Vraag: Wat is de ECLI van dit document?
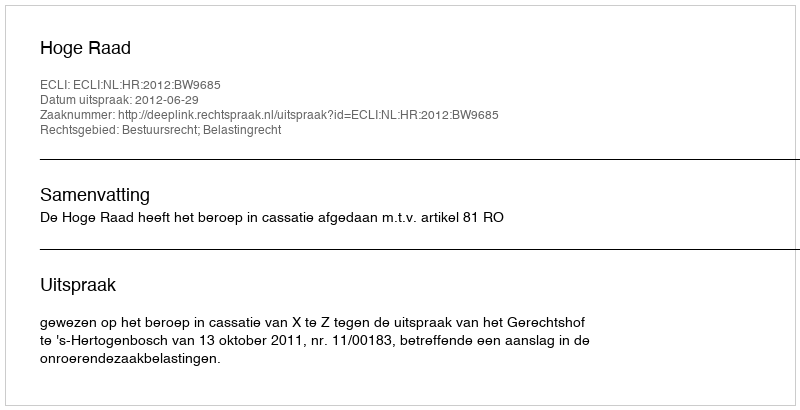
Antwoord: ECLI:NL:HR:2012:BW9685